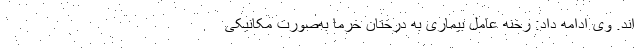
اند. وی ادامه داد: رخنه عامل بیماری به درختان خرما به‌صورت مکانیکی